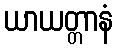
ယာယတ္တာနံ